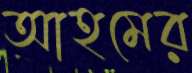
আহমের